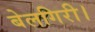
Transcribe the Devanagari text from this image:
बेलगिरी।